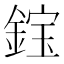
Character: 𫒭